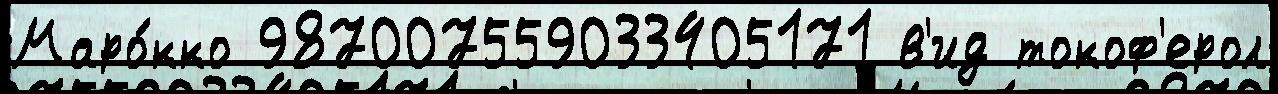
Маро́кко 987007559033405171 в'ид токоф'ерол